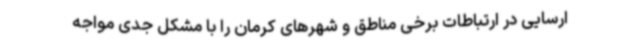
ارسایی در ارتباطات برخی مناطق و شهرهای کرمان را با مشکل جدی مواجه